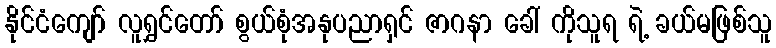
နိုင်ငံကျော် လူရွှင်တော် စွယ်စုံအနုပညာရှင် ဇာဂနာ ခေါ် ကိုသူရ ရဲ့ ခယ်မဖြစ်သူ